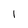
Character: 1